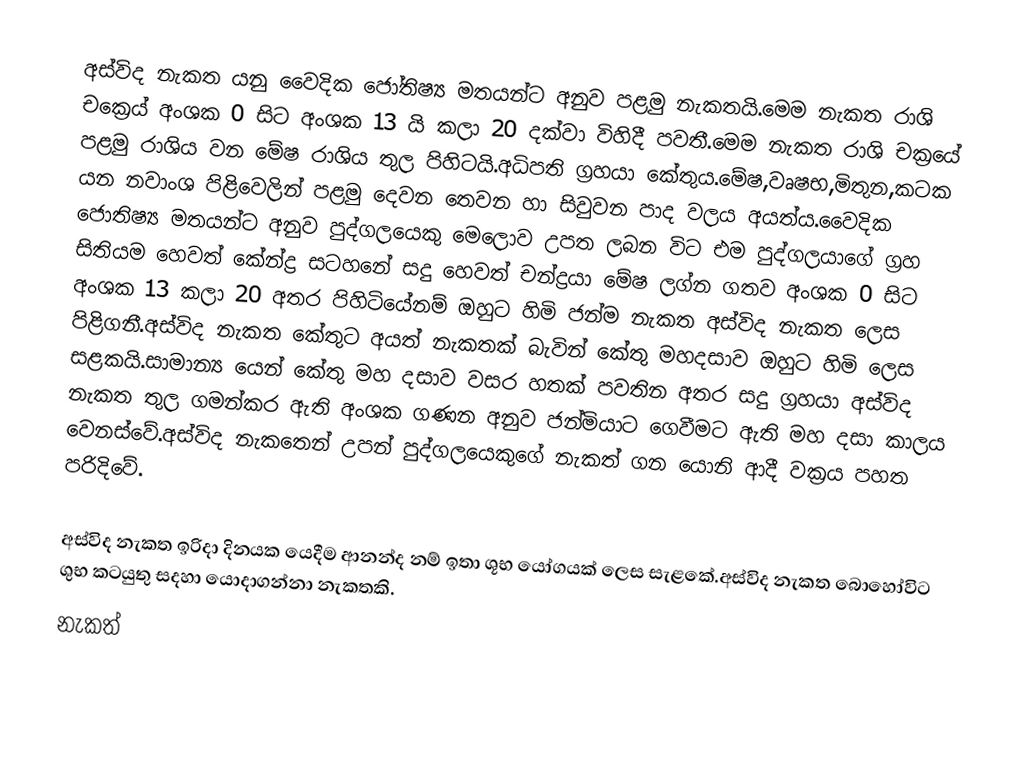
අස්විද නැකත යනු වෛදික ජෝතිෂ්‍ය මතයන්ට අනුව පළමු නැකතයි.මෙම නැකත රාශි චක්‍රෙය් අංශක 0 සිට අංශක 13 යි කලා 20 දක්වා විහිදී පවතී.මෙම නැකත රාශි චක්‍රයේ පළමු රාශිය වන මේෂ රාශිය තුල පිහිටයි.අධිපති ග්‍රහයා කේතුය.මේෂ,වෘෂභ,මිතුන,කටක යන නවාංශ පිළිවෙලින් පළමු දෙවන තෙවන හා සිවුවන පාද වලය අයත්ය.වෛදික ජොතිෂ්‍ය මතයන්ට අනුව පුද්ගලයෙකු මෙලොව උපත ලබන විට එම පුද්ගලයාගේ ග්‍රහ සිතියම හෙවත් කේන්ද්‍ර සටහනේ සදු හෙවත් චන්ද්‍රයා මේෂ ලග්න ගතව අංශක 0 සිට අංශක 13 කලා 20 අතර පිහිටියේනම් ඔහුට හිමි ජන්ම නැකත අස්විද නැකත ලෙස පිළිගනී.අස්විද නැකත කේතුට අයත් නැකතක් බැවින් කේතු මහදසාව ඔහුට හිමි ලෙස සළකයි.සාමාන්‍ය යෙන් කේතු මහ දසාව වසර හතක් පවතින අතර සදු ග්‍රහයා අස්විද නැකත තුල ගමන්කර ඇති අංශක ගණන අනුව ජන්මියාට ගෙවීමට ඇති මහ දසා කාලය වෙනස්වේ.අස්විද නැකතෙන් උපන් පුද්ගලයෙකුගේ නැකත් ගන යොනි ආදී වක්‍රය පහත පරිදිවේ.

අස්විද නැකත ඉරිදා දිනයක යෙදීම ආනන්ද නම් ඉතා ශූභ යෝගයක් ලෙස සැළකේ.අස්විද නැකත බොහෝවිට ශුභ කටයුතු සදහා යොදාගන්නා නැකතකි.
නැකත්